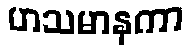
ဟသမာနကာ